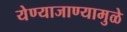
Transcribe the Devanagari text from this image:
येण्याजाण्यामुळे